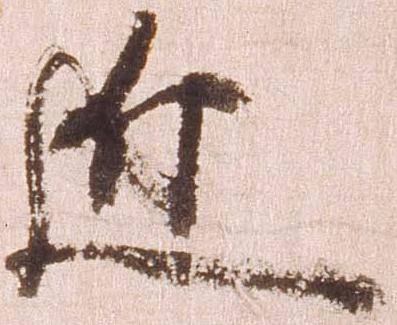
近